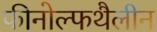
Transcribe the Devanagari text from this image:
फीनोल्फथैलीन